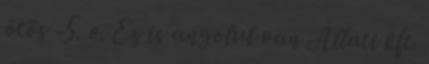
ötös -5. o. Ez is angolul van Állati kft.